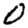
Digit: 0